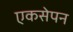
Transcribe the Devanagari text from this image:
एकसेपन